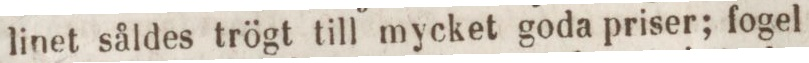
linet såldes trögt till mycket goda priser; fogel